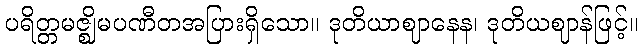
ပရိတ္တမဇ္ဈိမပဏီတအပြားရှိသော။ ဒုတိယာဈာနေန၊ ဒုတိယဈာန်ဖြင့်။